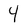
Character: 4